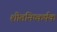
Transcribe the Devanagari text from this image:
शीतनिष्कर्षक